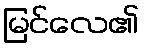
မြင်လေ၏